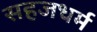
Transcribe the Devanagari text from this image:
सहजधर्म